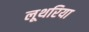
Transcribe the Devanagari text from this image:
लूथरिया